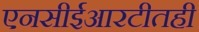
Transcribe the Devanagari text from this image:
एनसीईआरटीतही